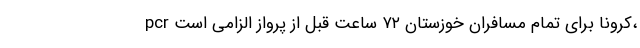
pcr کرونا برای تمام مسافران خوزستان ۷۲ ساعت قبل از پرواز الزامی است،